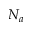
N _ { a }